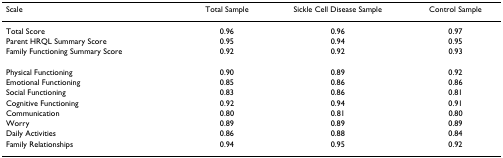
| Scale | Total Sample | Sickle Cell Disease Sample | Control Sample |
 | --- | --- | --- | --- |
 | Total Score | 0.96 | 0.96 | 0.97 |
 | Parent HRQL Summary Score | 0.95 | 0.94 | 0.95 |
 | Family Functioning Summary Score | 0.92 | 0.92 | 0.93 |
 | Physical Functioning | 0.90 | 0.89 | 0.92 |
 | Emotional Functioning | 0.85 | 0.86 | 0.86 |
 | Social Functioning | 0.83 | 0.86 | 0.81 |
 | Cognitive Functioning | 0.92 | 0.94 | 0.91 |
 | Communication | 0.80 | 0.81 | 0.80 |
 | Worry | 0.89 | 0.89 | 0.89 |
 | Daily Activities | 0.86 | 0.88 | 0.84 |
 | Family Relationships | 0.94 | 0.95 | 0.92 |